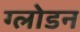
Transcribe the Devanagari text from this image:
ग्लोडन